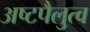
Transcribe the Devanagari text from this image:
अष्टपैलुत्व